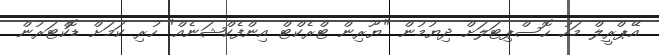
އޭޕްރީލް މަހު ހޮސްޕިޓަލަށް ދިޔުމުން "ޔޫރިން ޓްރެކްޓް އިންފެކްޝަނެއް" ހުރި ކަމަށް ޑޮކްޓަރުން